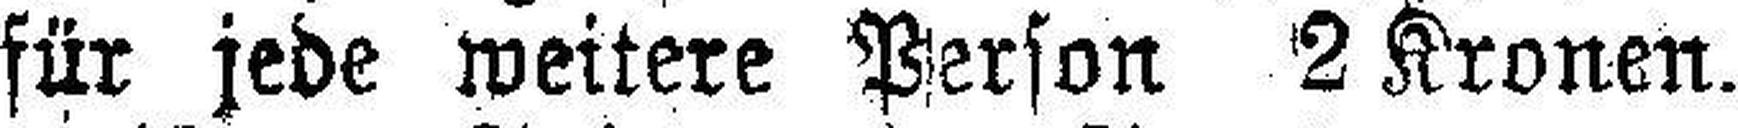
für jede weitere Person 2 Kronen.